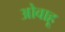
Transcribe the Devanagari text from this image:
ओवाहू